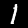
Digit: 1